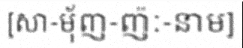
[សា-ម៉័ញ-ញ៉ៈ-នាម]